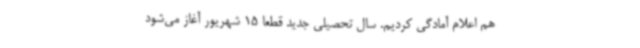
هم اعلام آمادگی کردیم. سال تحصیلی جدید قطعا 15 شهریور آغاز می‌شود